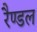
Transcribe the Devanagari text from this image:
रैण्डल